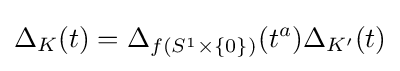
\Delta _{K}(t)=\Delta _{f(S^{1}\times \{0\})}(t^{a})\Delta _{K'}(t)